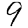
Digit: 9